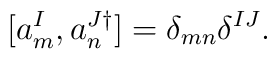
[a_m^I, a_n^{J \dagger}] = \delta_{mn} \delta^{IJ}.